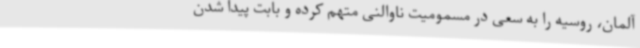
آلمان، روسیه را به سعی در مسمومیت ناوالنی متهم کرده و بابت پیدا شدن